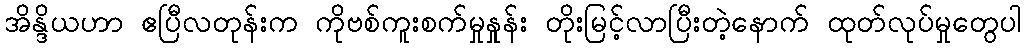
အိန္ဒိယဟာ ဧပြီလတုန်းက ကိုဗစ်ကူးစက်မှုနှုန်း တိုးမြင့်လာပြီးတဲ့နောက် ထုတ်လုပ်မှုတွေပါ